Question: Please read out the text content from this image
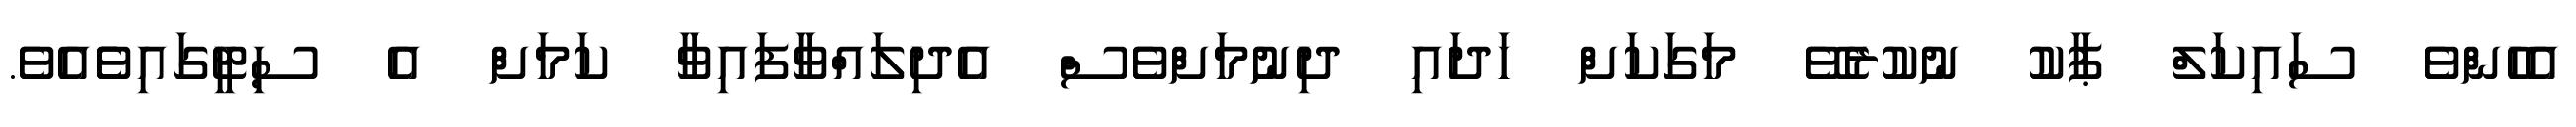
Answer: އެހެންވެ ސައިކަލް ޕާކު ނުކުރެވޭ މަގަކަށް ހަދައި ދިނުމަށްވެސް އެދިލައްވާފައިވާ ކަމަށް އެ ސިޓީގައިވެެއެވެ.